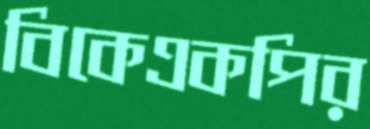
বিকেএকপির